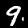
Label: 9